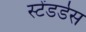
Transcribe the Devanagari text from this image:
स्टेंडर्डस